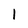
Character: l